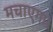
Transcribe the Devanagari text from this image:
मचाएगा।